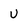
Character: U